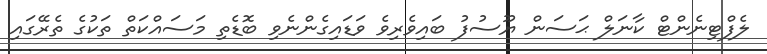
ލެފްޓިނެންޓް ކާނަލް ޙަސަން ޔޫސުފުު ބައިވެރިވެ ވަޑައިގެންނެވި ބޮޑެތި މަސައްކަތް ތަކުގެ ތެރޭގައި